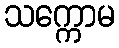
သက္ကောမ